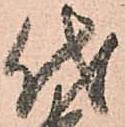
代